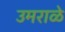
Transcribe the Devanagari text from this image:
उमराळे